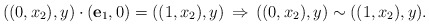
\begin{align*}((0,x_2),y)\cdot({\bf e}_1, 0)= ((1,x_2), y)\, \Rightarrow\,((0,x_2),y)\sim ((1,x_2), y).\end{align*}